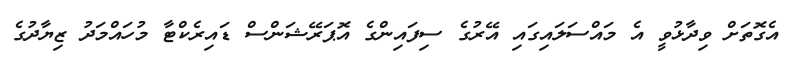
އެގޮތަށް ވިދާޅުވީ އެ މައްސަލައިގައި އޭރުގެ ސިފައިންގެ އޮޕަރޭޝަންސް ޑައިރެކްޓާ މުހައްމަދު ޒިޔާދުގެ